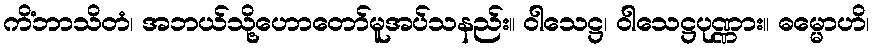
ကိံဘာသိတံ၊ အဘယ်သို့ဟောတော်မူအပ်သနည်း။ ဝါသေဋ္ဌ၊ ဝါသေဋ္ဌပုဏ္ဏား။ ဓမ္မောဟိ၊